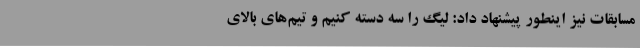
مسابقات نیز اینطور پیشنهاد داد: لیگ را سه دسته کنیم و تیم‌های بالای